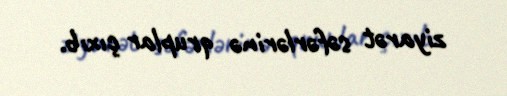
ziyarət səfərlərinə qruplar çıxıb.